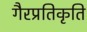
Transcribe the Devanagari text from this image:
गैरप्रतिकृति